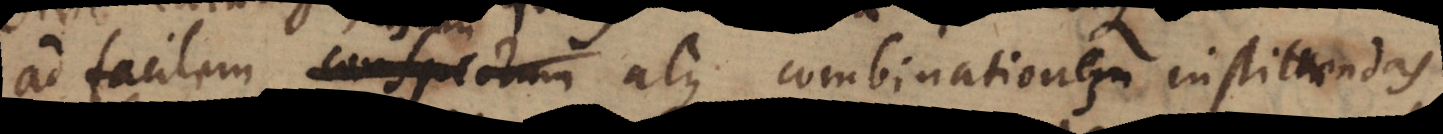
ad facilem conspectum atque combinationes instituendas